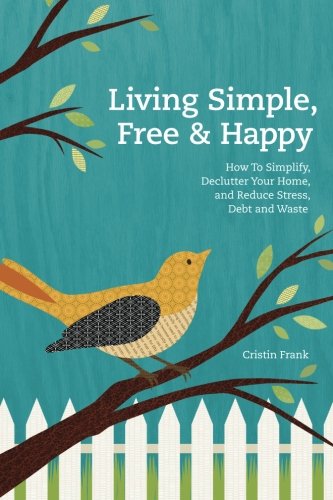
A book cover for Living Simple, Free & Happy: How to Simplify, Declutter Your Home, and Reduce Stress, Debt & Waste; Cristin Frank; Crafts, Hobbies & Home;